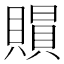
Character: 𧷰